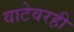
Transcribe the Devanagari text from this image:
वाटेवरही